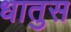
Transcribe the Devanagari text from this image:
धातुस